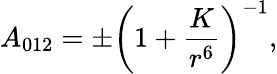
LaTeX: A_{012}=\pm\left(1+\frac{K}{r^{6}}\right)^{-1},